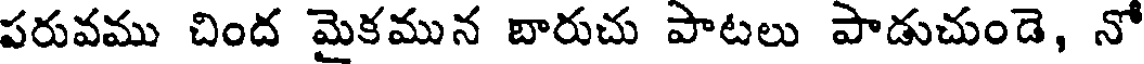
పరువము చింద మైకమున బారుచు పాటలు పాడుచుండె, నో